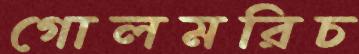
গোলমরিচ